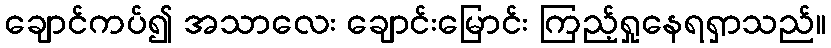
ချောင်ကပ်၍ အသာလေး ချောင်းမြောင်း ကြည့်ရှုနေရရှာသည်။